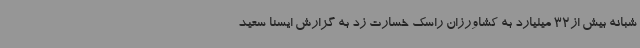
شبانه بیش از32 میلیارد به کشاورزان راسک خسارت زد به گزارش ایسنا سعید